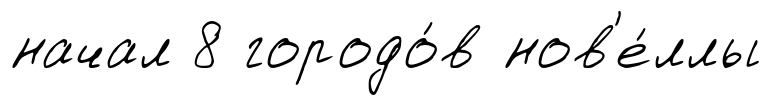
начал 8 городо́в нов'е́ллы